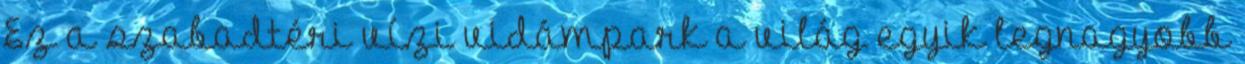
Ez a szabadtéri vízi vidámpark a világ egyik legnagyobb